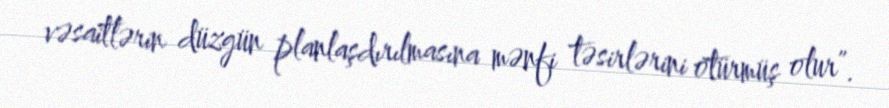
vəsaitlərin düzgün planlaşdırılmasına mənfi təsirlərini ötürmüş olur”.